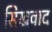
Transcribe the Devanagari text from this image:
सिखवाद